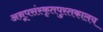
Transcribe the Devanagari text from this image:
अनूपसंस्कृतपुस्तकालय